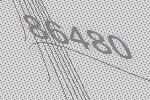
86480